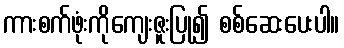
ကားစက်ဖုံးကိုကျေးဇူးပြု၍ စစ်ဆေးပေးပါ။